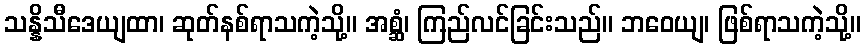
သန္နိသီဒေယျထာ၊ ဆုတ်နစ်ရာသကဲ့သို့။ အစ္ဆံ၊ ကြည်လင်ခြင်းသည်။ ဘဝေယျ၊ ဖြစ်ရာသကဲ့သို့။